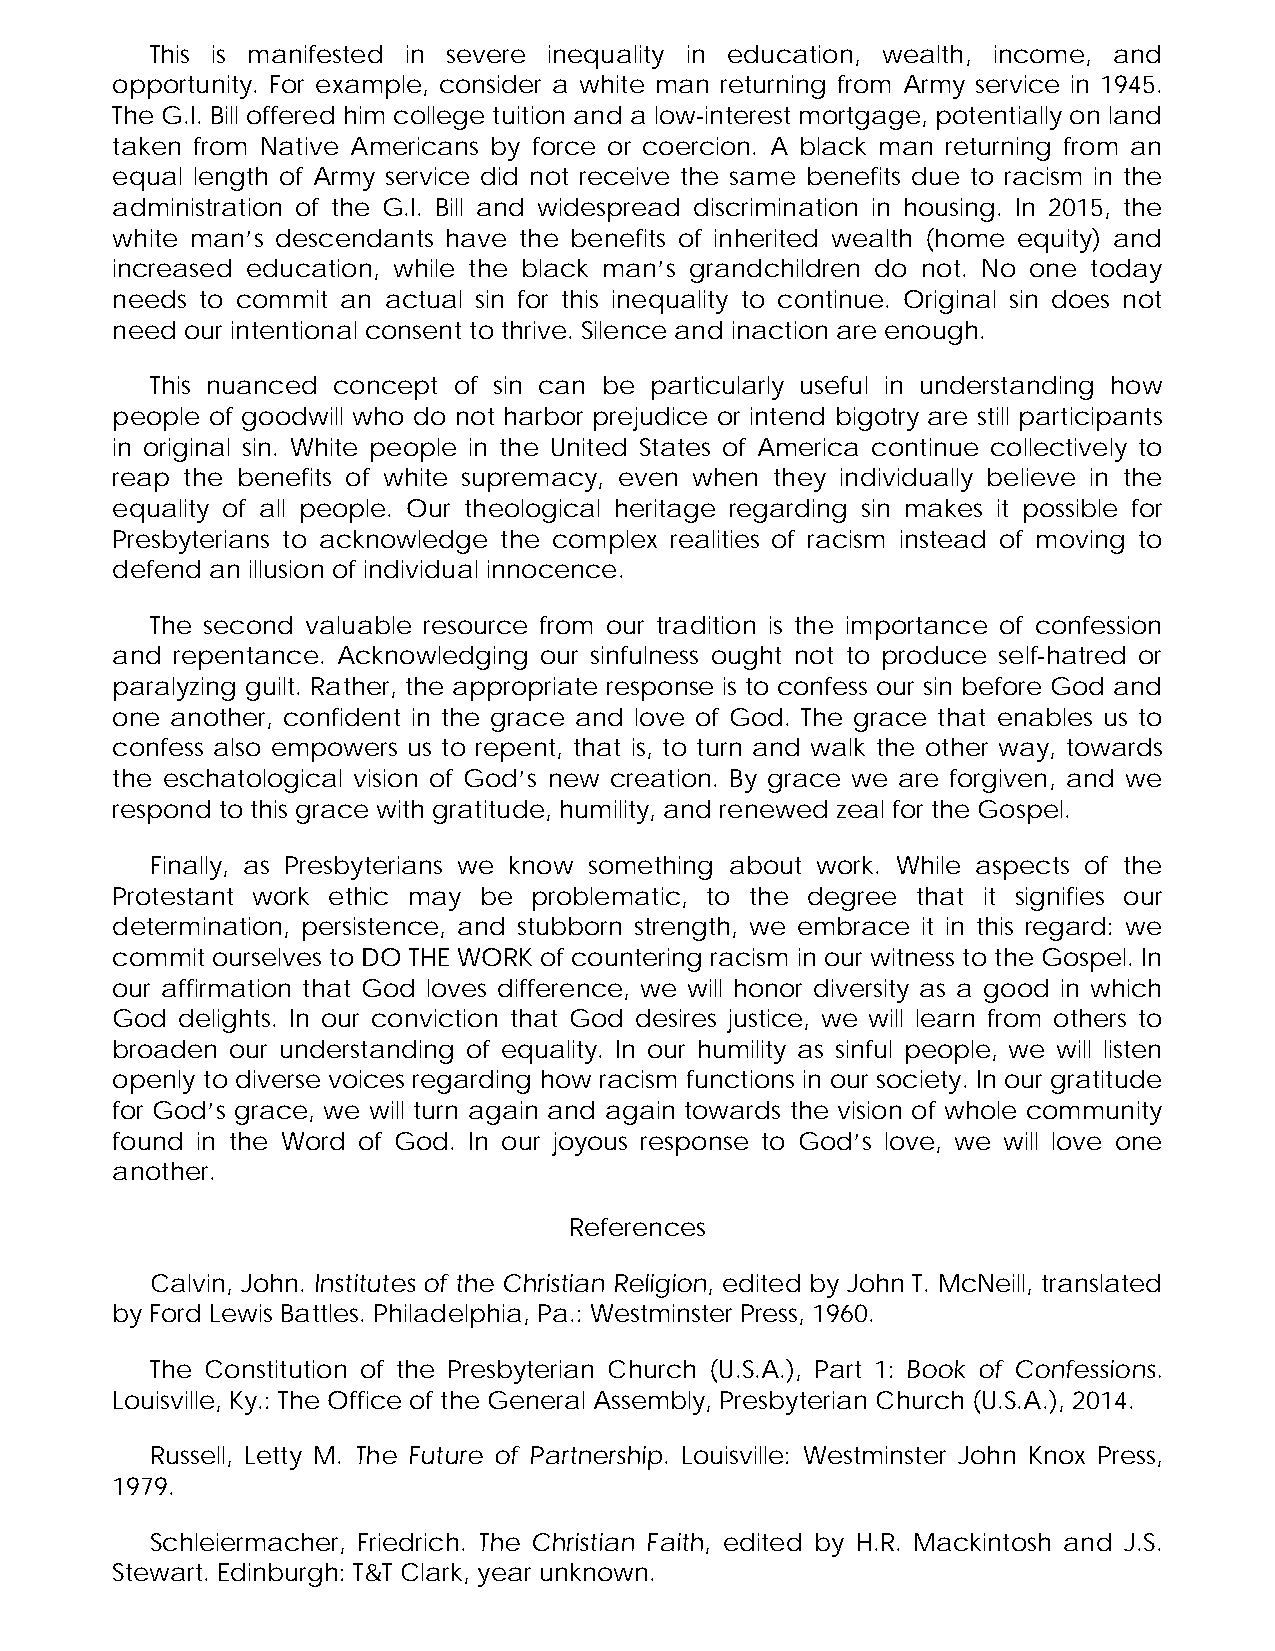
This is manifested in severe inequality in education, wealth, income, and
 opportunity. For example, consider a white man returning from Army service in 1945.
 The G.I. Bill offered him college tuition and a low-interest mortgage, potentially on land
 taken from Native Americans by force or coercion. A black man returning from an
 equal length of Army service did not receive the same benefits due to racism in the
 administration of the G.I. Bill and widespread discrimination in housing. In 2015, the
 white man’s descendants have the benefits of inherited wealth (home equity) and
 increased education, while the black man’s grandchildren do not. No one today
 needs to commit an actual sin for this inequality to continue. Original sin does not
 need our intentional consent to thrive. Silence and inaction are enough.
 This nuanced concept of sin can be particularly useful in understanding how
 people of goodwill who do not harbor prejudice or intend bigotry are still participants
 in original sin. White people in the United States of America continue collectively to
 reap the benefits of white supremacy, even when they individually believe in the
 equality of all people. Our theological heritage regarding sin makes it possible for
 Presbyterians to acknowledge the complex realities of racism instead of moving to
 defend an illusion of individual innocence.
 The second valuable resource from our tradition is the importance of confession
 and repentance. Acknowledging our sinfulness ought not to produce self-hatred or
 paralyzing guilt. Rather, the appropriate response is to confess our sin before God and
 one another, confident in the grace and love of God. The grace that enables us to
 confess also empowers us to repent, that is, to turn and walk the other way, towards
 the eschatological vision of God’s new creation. By grace we are forgiven, and we
 respond to this grace with gratitude, humility, and renewed zeal for the Gospel.
 Finally, as Presbyterians we know something about work. While aspects of the
 Protestant work ethic may be problematic, to the degree that it signifies our
 determination, persistence, and stubborn strength, we embrace it in this regard: we
 commit ourselves to DO THE WORK of countering racism in our witness to the Gospel. In
 our affirmation that God loves difference, we will honor diversity as a good in which
 God  delights. In our conviction that God desires justice, we will learn from others to
 broaden our understanding of equality. In our humility as sinful people, we will listen
 openly to diverse voices regarding how racism functions in our society. In our gratitude
 for God’s grace, we will turn again and again towards the vision of whole community
 found in the Word of God. In our joyous response to God’s love, we will love one
 another.
 References
 Calvin, John. Institutes of the Christian Religion, edited by John T. McNeill, translated
 by Ford Lewis Battles. Philadelphia, Pa.: Westminster Press, 1960.
 The Constitution of the Presbyterian Church (U.S.A.), Part 1: Book of Confessions.
 Louisville, Ky.: The Office of the General Assembly, Presbyterian Church (U.S.A.), 2014.
 Russell, Letty M. The Future of Partnership. Louisville: Westminster John Knox Press,
 1979.
 Schleiermacher, Friedrich. The Christian Faith, edited by H.R. Mackintosh and J.S.
 Stewart. Edinburgh: T&T Clark, year unknown.